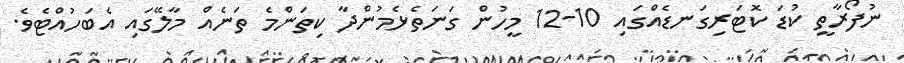
ނުފޯރާތީ ކުޑަ ކޮޓަރިގަނޑެއްގައި 10-12 މީހުން ގަނަތެޅެމުންދާ ކިތަންމެ ތަނެއް މާލޭގައި އެބަހުއްޓެވެ.